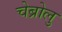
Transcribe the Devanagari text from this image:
चेब्रोलु